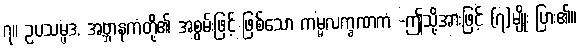
၇။ ဥပသမ္ပဒ, အဗ္ဘာနကံတို့၏ အစွမ်းဖြင့် ဖြစ်သော ကမ္မလက္ခဏကံ -ဤသို့အားဖြင့် (၇)မျိုး ပြား၏။